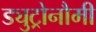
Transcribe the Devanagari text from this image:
ड्युट्रोनौमी